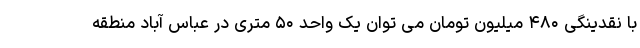
با نقدینگی ۴۸۰ میلیون تومان می توان یک واحد ۵۰ متری در عباس آباد منطقه